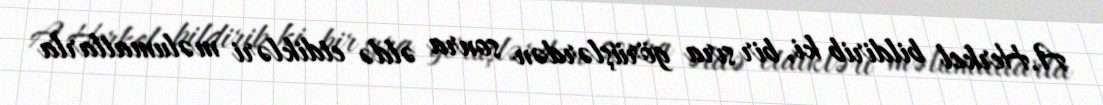
A.Herkel bildirib ki, bir sıra görüşlərdən sonra əldə etdikləri məlumatlarla